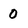
Character: 0